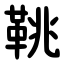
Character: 鞉